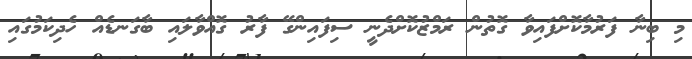
މި ބިނާ ފަރުމާކޮށްފައިވާ ގޮތުން ރަމްޒުކޮށްދެނީ ސިފައިންގޭ ފާރު ގޮއްވާލައި ބާގަނޑެއް ހެދިކަމުގައި